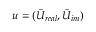
u = ( \bar { U } _ { r e a l } , \bar { U } _ { i m } )